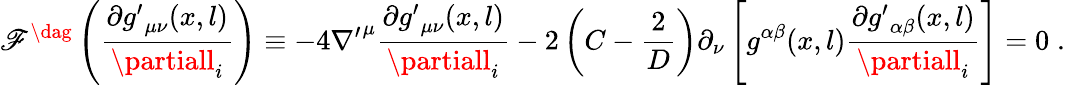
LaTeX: \mathscr{F}^{\dag}\left(\frac{{\partial{g^{\prime}}_{\mu\nu}(x,l)}}{{\partiall_{i}}}\right)\equiv-4{\nabla^{\prime}}^{\mu}\frac{{\partial{g^{\prime}}_{\mu\nu}(x,l)}}{{\partiall_{i}}}-2\left(C-\frac{{2}}{{D}}\right)\partial_{\nu}\left[{g}^{\alpha\beta}(x,l)\frac{{\partial{g^{\prime}}_{\alpha\beta}(x,l)}}{{\partiall_{i}}}\right]=0\; .